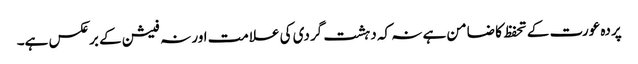
پردہ عورت کے تحفظ کا ضامن ہے نہ کہ دہشت گردی کی علامت اور نہ فیشن کے برعکس ہے۔